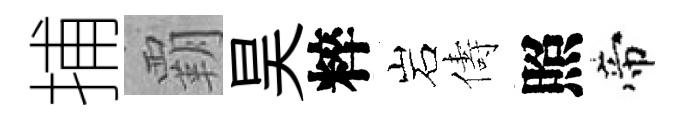
捕覇昊粹岩儔照帝